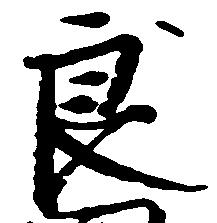
良